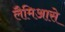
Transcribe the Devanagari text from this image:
लैमिआसे